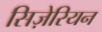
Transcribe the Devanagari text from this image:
सिज़ेरियन